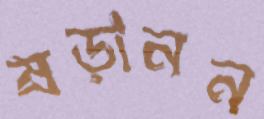
ষড়ানন